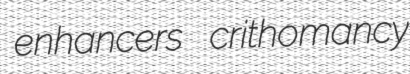
enhancers crithomancy